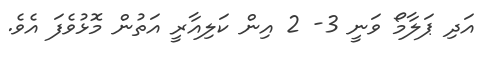
އަދި ޕަލާމޯ ވަނީ 3- 2 އިން ކަލިއާރީ އަތުން މޮޅުވެފަ އެވެ.